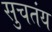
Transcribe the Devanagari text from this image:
सुचतंय